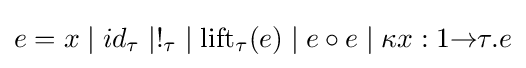
e=x\mid id_{\tau }\mid !_{\tau }\mid \operatorname {lift} _{\tau }(e)\mid e\circ e\mid \kappa x:1{\to }\tau .e